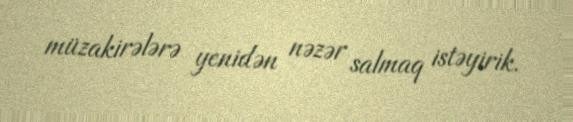
müzakirələrə yenidən nəzər salmaq istəyirik.